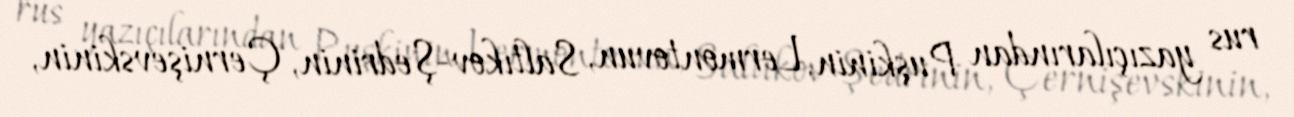
rus yazıçılarından Puşkinin, Lermontovun, Saltıkov-Şedrinin, Çernişevskinin,